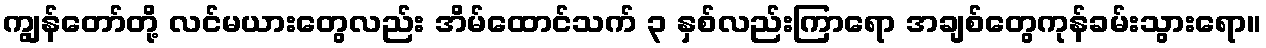
ကျွန်တော်တို့ လင်မယားတွေလည်း အိမ်ထောင်သက် ၃ နှစ်လည်းကြာရော အချစ်တွေကုန်ခမ်းသွားရော။